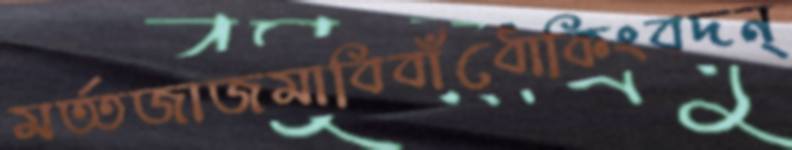
মর্ত্তজাজমাবিবাঁধোকিংবদন্